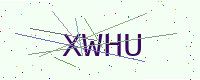
Text: XWHU